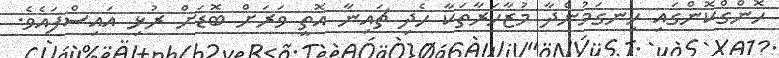
ހޮންގްކޮންގައި ހިނގަމުންދާ މުޒާހަރާތަކާ ހެދި ޗައިނާ އޮތީ ވަރަށް ބޮޑަށް ރުޅި އައިސްފައެވެ.